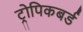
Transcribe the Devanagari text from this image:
ट्रोपिकबर्ड